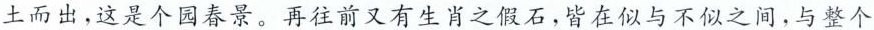
土而出，这是个园春景。再往前又有生肖之假石，皆在似与不似之间，与整个